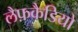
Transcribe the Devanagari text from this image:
लैफ़कैडियो